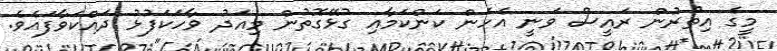
މީގެ އިތުރުން ރައީސް ވަނީ އެހެން ކަންކަމާއި ގުޅޭގޮތުން މިއަދު ވާހަކަފުޅު ދައްކަވާފައެވެ.